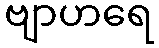
ဗျာဟရေ